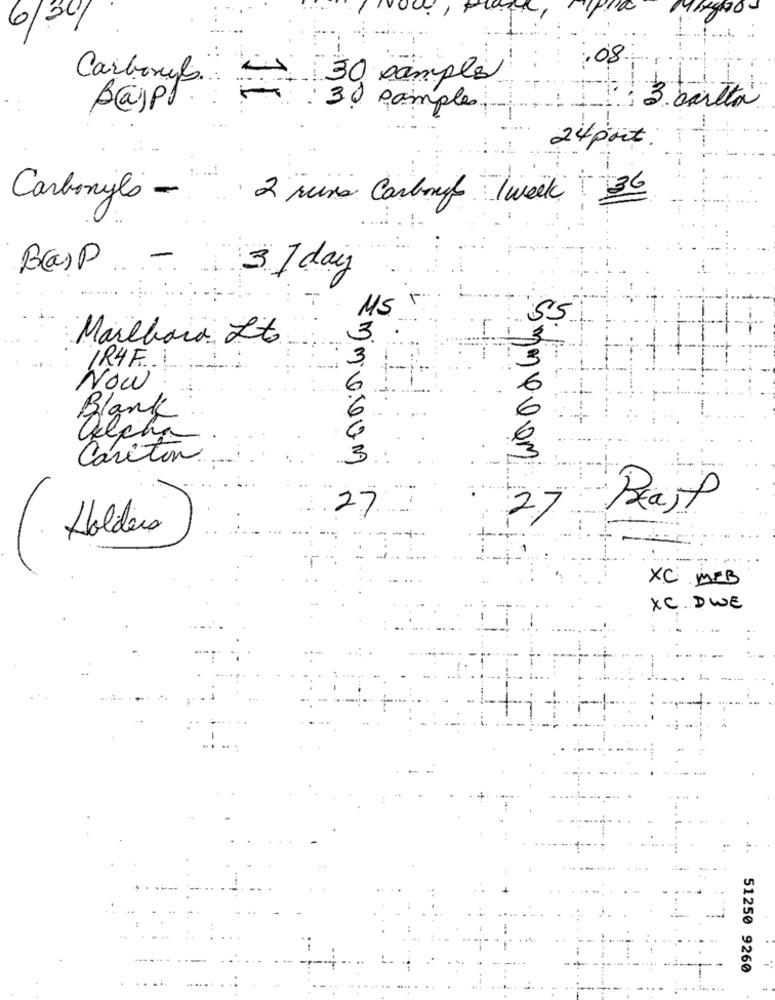
6/20/
:08
30 samples
Carbonyl ..
=
Bajpt
30 pamples
3 . bartta
24 port .
Carbonyls-
2 mins Carbonf 1 week 36
3.1 day
MS
55
3
3
Maillard Lt.
3
1R4F
Now
Blank
Cariton.
3
27
Beast
27
Holders
XC MFB
XC. DWE
51250 9260